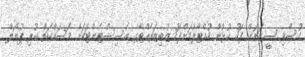
ހުސްވި ސީޒަނަށް ފަހު ކުޅުން ހުއްޓާލުމަށްފަހު ޒުބިޒަރެއްޓާގެ އެސިސްޓެންޓަކަށް މަސައްކަތް ކުރި ޕުޔޯލް